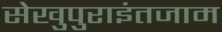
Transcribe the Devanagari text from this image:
सेखुपुराइंतजाम